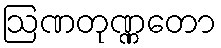
ဩဏတုဏ္ဏတော